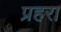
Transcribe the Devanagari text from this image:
प्रहरा